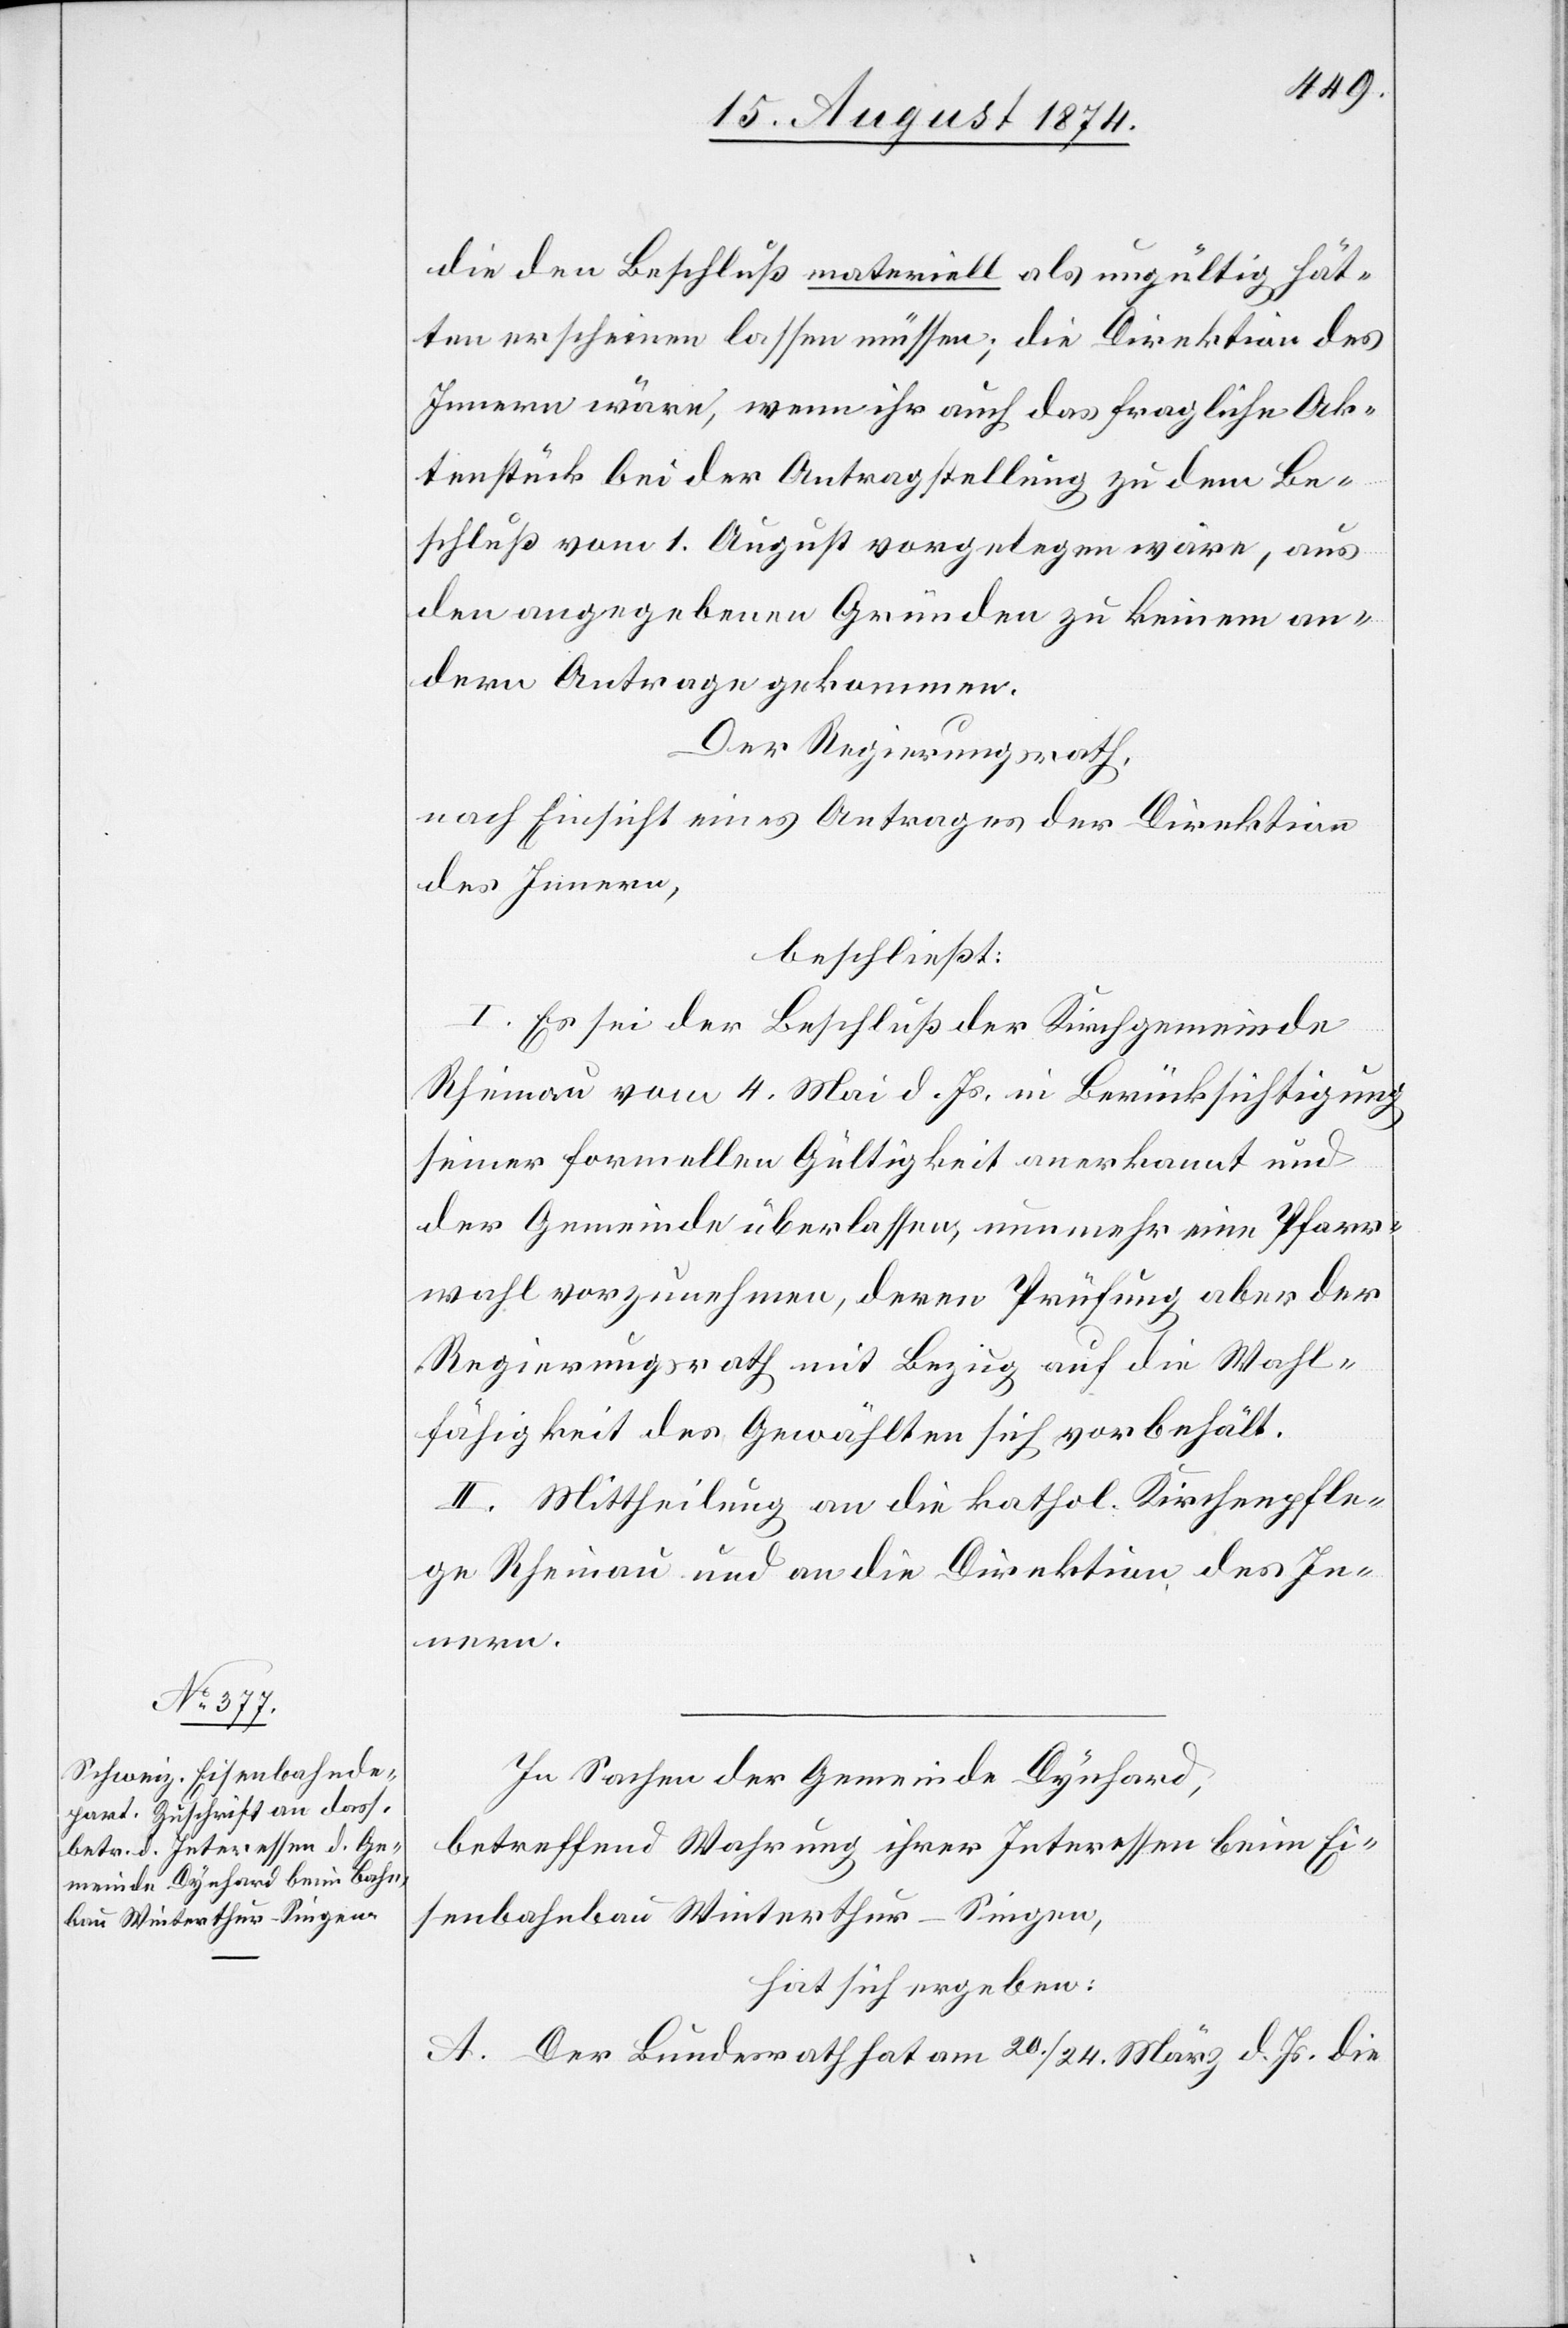
die den Beschluß materiell als ungültig hät¬
ten erscheinen lassen müssen; die Direktion des
Innern wäre, wenn ihr auch das fragliche Ak¬
tenstück bei der Antragstellung zu dem Be¬
schluß vom 1. August vorgelegen wäre, aus
den angegebenen Gründen zu keinem an¬
dern Antrage gekommen.
Der Regierungsrath,
nach Einsicht eines Antrages der Direktion
des Innern,
beschließt:
I. Es sei der Beschluß der Kirchgemeinde
Rheinau vom 4. Mai d. Js. in Berücksichtigung
seiner formellen Gültigkeit anerkannt und
der Gemeinde überlassen, nunmehr eine Pfarr¬
wahl vorzunehmen, deren Prüfung aber der
Regierungsrath mit Bezug auf die Wahl¬
fähigkeit des Gewählten sich vorbehält.
II. Mittheilung an die kathol. Kirchenpfle¬
ge Rheinau und an die Direktion des In¬
nern.
In Sachen der Gemeinde Dynhard,
betreffend Wahrung ihrer Interessen beim Ei¬
senbahnbau Winterthur–Singen,
hat sich ergeben:
A. Der Bundesrath hat am 20./24. März d. Js. die